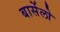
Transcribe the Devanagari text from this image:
बार्सेलो